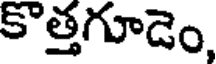
కొత్తగూడెం,